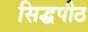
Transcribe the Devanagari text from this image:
सिद्घपीठ